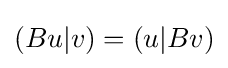
(Bu|v)=(u|Bv)